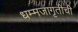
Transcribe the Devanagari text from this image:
धम्मजागृतीची